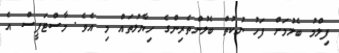
ފިލްމު ބެލުމަށް ފަހު ނުކުތް ބެލުންތެރިންގެ ހިޔާލުތައް މި އެވެ. މާސްޓަޕީސް އެ